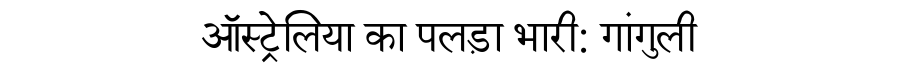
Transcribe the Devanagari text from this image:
ऑस्ट्रेलिया का पलड़ा भारी: गांगुली